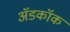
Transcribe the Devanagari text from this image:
अॅडकॉक